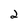
Character: 2